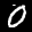
Label: 0